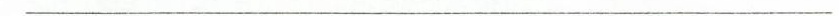
———————————————————